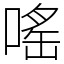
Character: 嗂